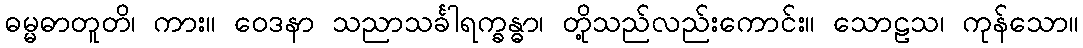
ဓမ္မဓာတူတိ၊ ကား။ ဝေဒနာ သညာသင်္ခါရက္ခန္ဓာ၊ တို့သည်လည်းကောင်း။ သောဠသ၊ ကုန်သော။